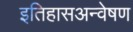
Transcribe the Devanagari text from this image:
इतिहासअन्वेषण